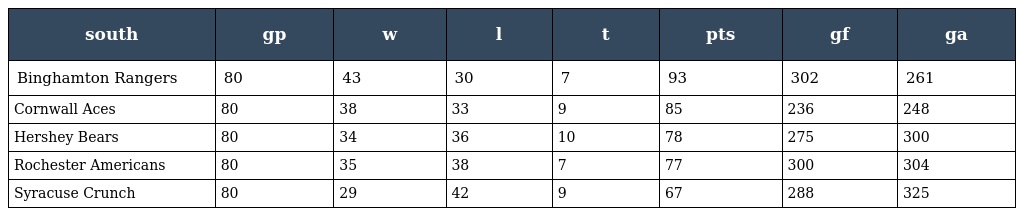
| south | gp | w | l | t | pts | gf | ga |
 | --- | --- | --- | --- | --- | --- | --- | --- |
 | Binghamton Rangers | 80 | 43 | 30 | 7 | 93 | 302 | 261 |
 | Cornwall Aces | 80 | 38 | 33 | 9 | 85 | 236 | 248 |
 | Hershey Bears | 80 | 34 | 36 | 10 | 78 | 275 | 300 |
 | Rochester Americans | 80 | 35 | 38 | 7 | 77 | 300 | 304 |
 | Syracuse Crunch | 80 | 29 | 42 | 9 | 67 | 288 | 325 |